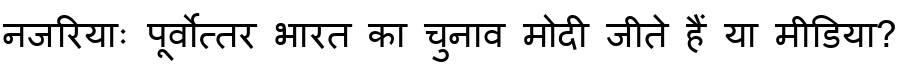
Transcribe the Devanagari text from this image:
नजरियाः पूर्वोत्तर भारत का चुनाव मोदी जीते हैं या मीडिया?